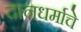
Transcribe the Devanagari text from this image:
दानधर्माचे